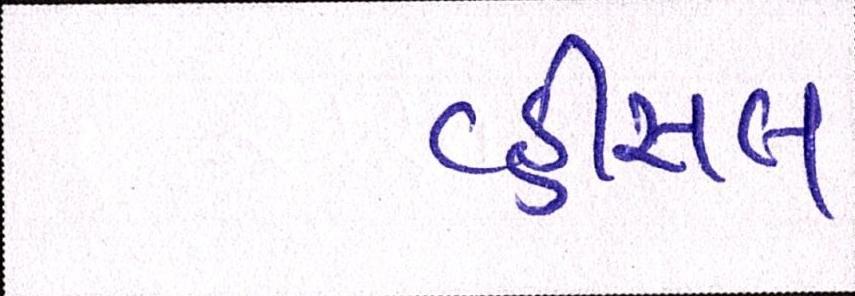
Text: વ્હીસલ